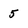
Character: 5